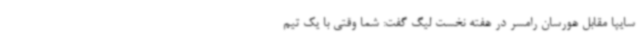
سایپا مقابل هورسان رامسر در هفته نخست لیگ گفت: شما وقتی با یک تیم